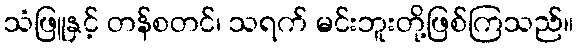
သံဖြူနှင့် တန်စတင်၊ သရက် မင်းဘူးတို့ဖြစ်ကြသည်။